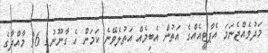
މަދުވެއްޖެނަމަ އެޕާޓީއެއްގެ އަތުން އެބިމެއް އަތުލެވޭނެ ކަމަށް އެ ގާނޫނުގެ 36 މާއްދާގެ